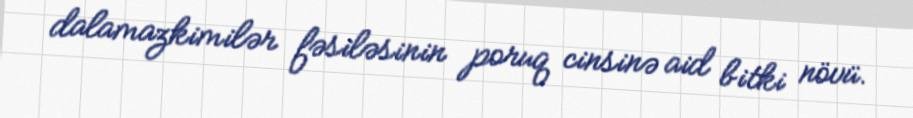
dalamazkimilər fəsiləsinin poruq cinsinə aid bitki növü.